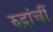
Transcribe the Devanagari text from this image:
रुद्रांचीं